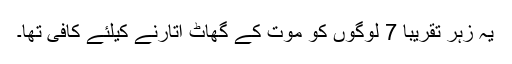
یہ زہر تقریباً 7 لوگوں کو موت کے گھاٹ اتارنے کیلئے کافی تھا۔